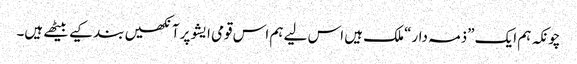
چونکہ ہم ایک ”ذمہ دار“ ملک ہیں اس لیے ہم اس قومی ایشو پرآنکھیں بند کیے بیٹھے ہیں۔